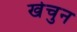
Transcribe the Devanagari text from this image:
खेचुन